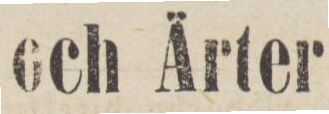
och Ärter